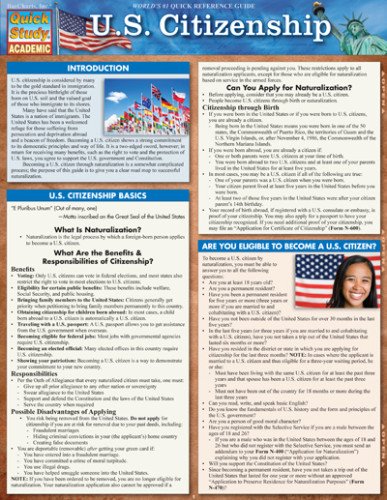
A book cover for U.S. Citizenship (Quick Study Academic); Inc. BarCharts; Test Preparation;